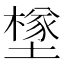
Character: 𡑻